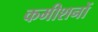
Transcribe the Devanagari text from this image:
कमीशनों